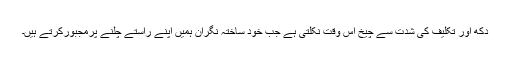
دُکھ اور تکلیف کی شدّت سے چیخ اُس وقت نکلتی ہے جب خود ساختہ نگران ہمیں اپنے راستے چلنے پرمجبُورکرتے ہیں۔